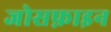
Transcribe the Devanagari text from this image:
जोसफ़ाइन